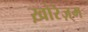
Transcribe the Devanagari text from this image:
ख़ोरेज़्म